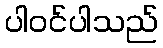
ပါဝင်ပါသည်